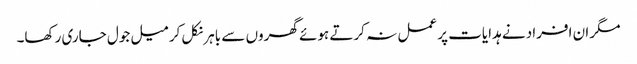
مگر ان افراد نے ہدایات پر عمل نہ کرتے ہوئے گھروں سے باہر نکل کر میل جول جاری رکھا۔